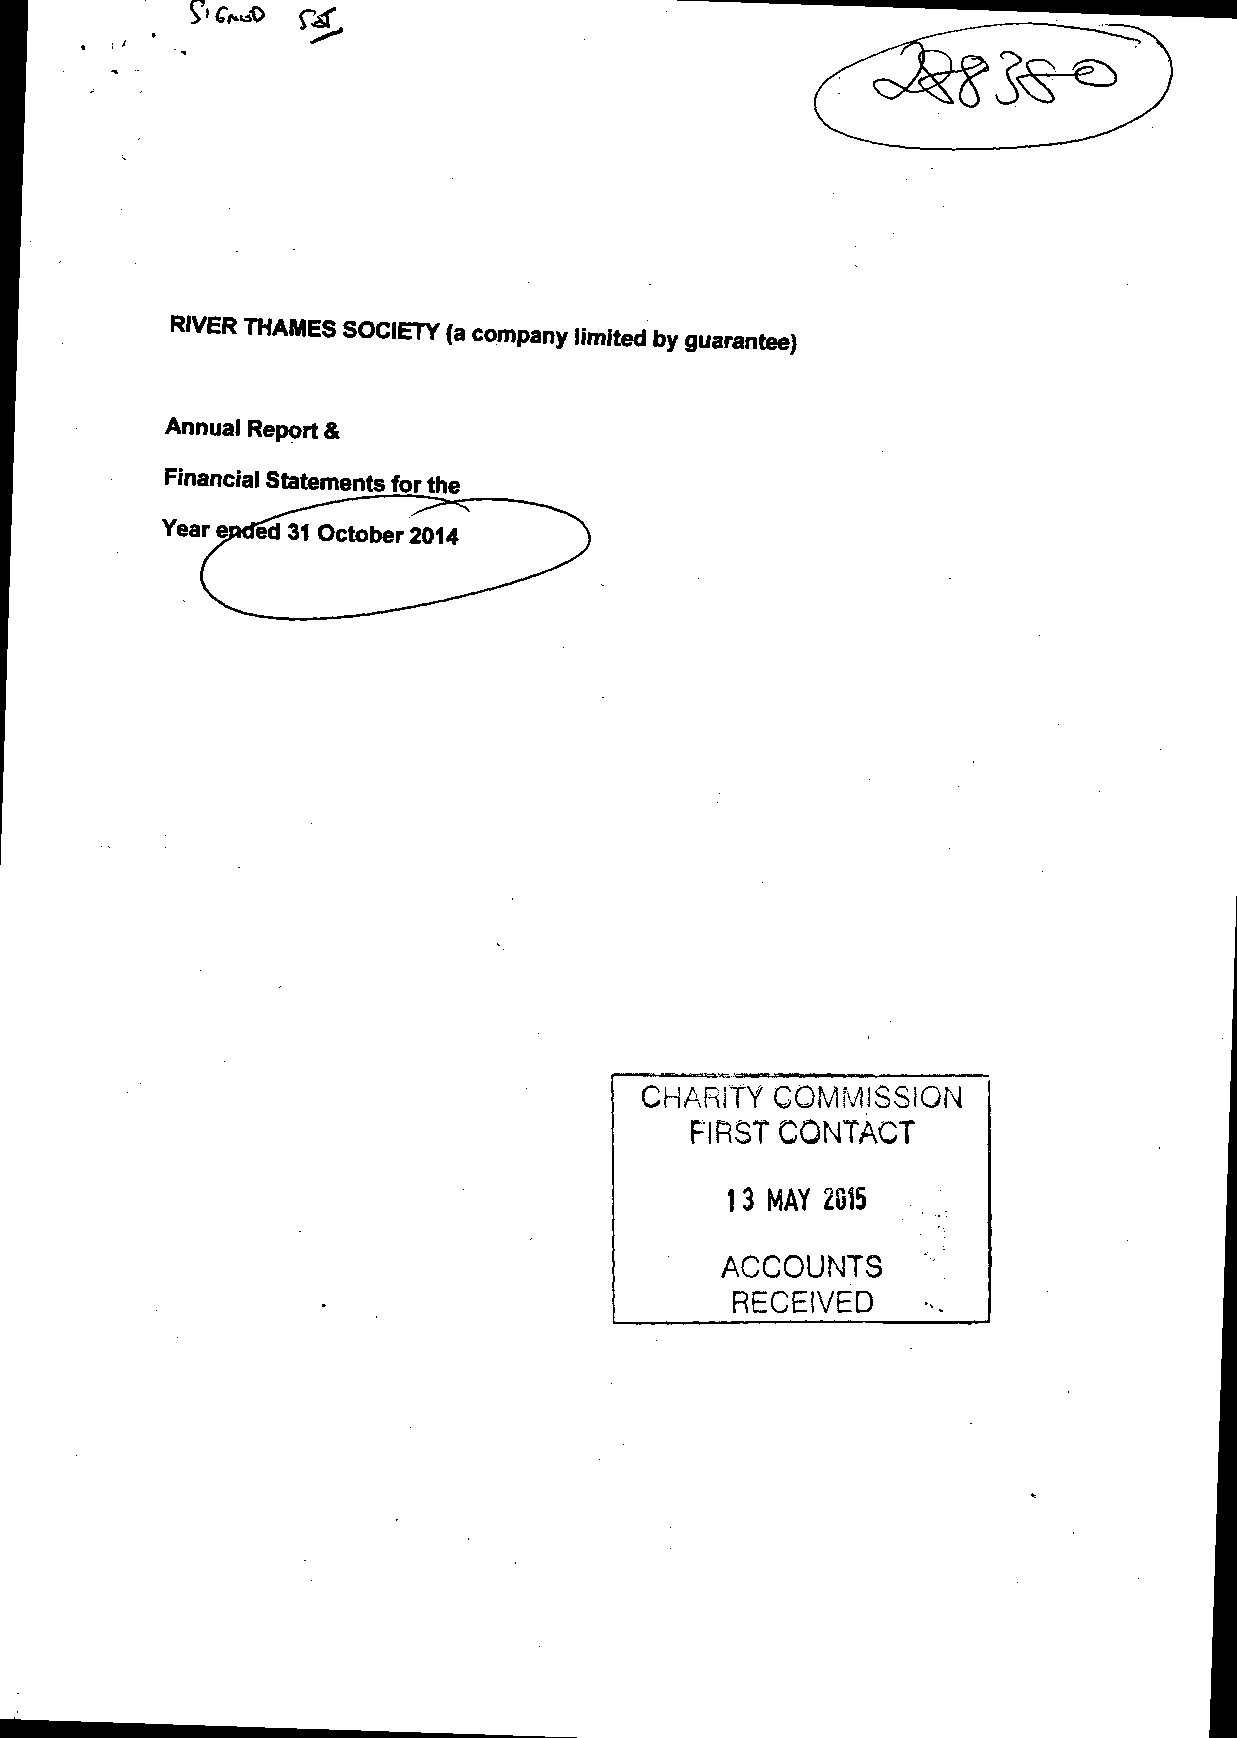
RIVER THAMES SOCIETY (a company limited by guarantee)
 Annual Report &
 Financial Statements for the
 Year
 CHARITY  COMMISSION
 FIRST CONTACT
 13 MAY  2015
 ACCOUNTS
 RECEIVED